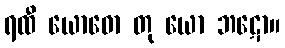
ရထီ ယောဓော တု ယော ဘဋော။